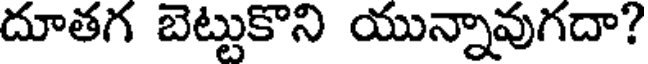
దూతగ బెట్టుకొని యున్నావుగదా?